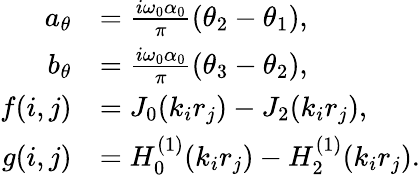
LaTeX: \begin{array}{rl}{a_{\theta}}&{=\frac{i\omega_{0}\alpha_{0}}{\pi}(\theta_{2}-\theta_{1}),}\\ {b_{\theta}}&{=\frac{i\omega_{0}\alpha_{0}}{\pi}(\theta_{3}-\theta_{2}),}\\ {f(i,j)}&{=J_{0}(k_{i}r_{j})-J_{2}(k_{i}r_{j}),}\\ {g(i,j)}&{=H_{0}^{(1)}(k_{i}r_{j})-H_{2}^{(1)}(k_{i}r_{j}).}\end{array}